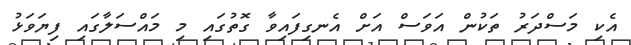
އެކި މަސްދަރު ތަކުން އަވަސް އަށް އެނގިފައިވާ ގޮތުގައި މި މައްސަލާގައި ފިޔަވަޅު